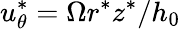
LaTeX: u_{\theta}^{*}=\Omega r^{*}z^{*}/h_{0}